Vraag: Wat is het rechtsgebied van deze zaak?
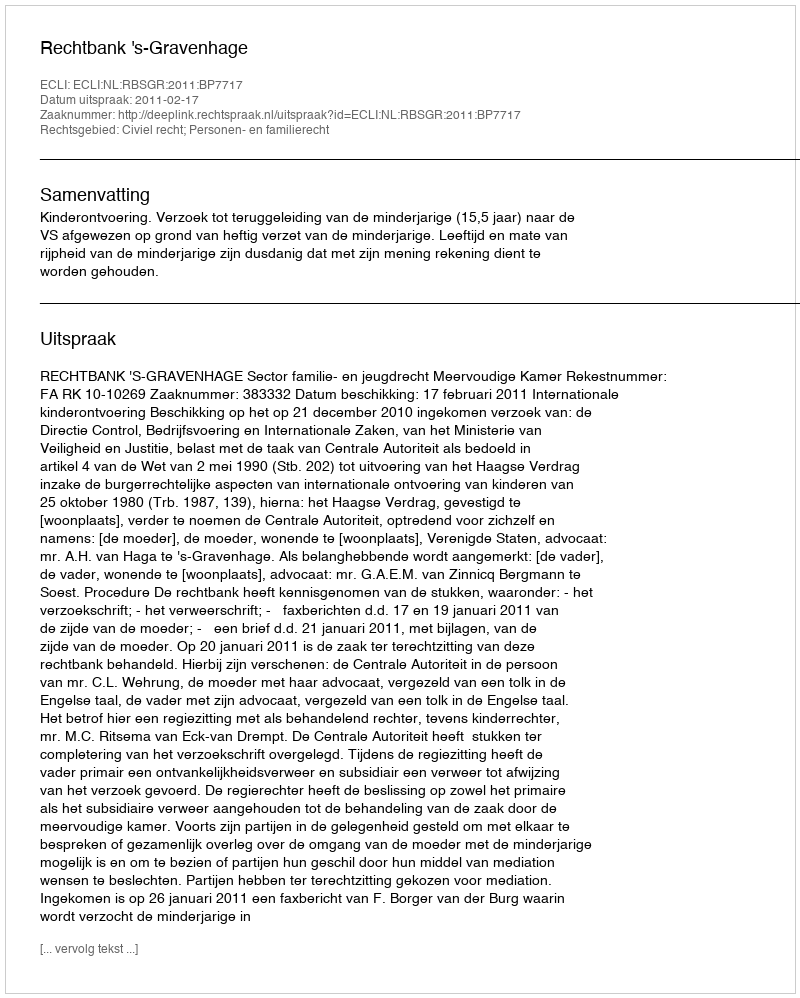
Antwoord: Civiel recht; Personen- en familierecht